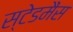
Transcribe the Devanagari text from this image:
स्टेडमैंस